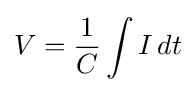
V={\frac {1}{C}}\int I\,dt